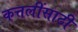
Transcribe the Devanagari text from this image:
कत्तलींसाठी